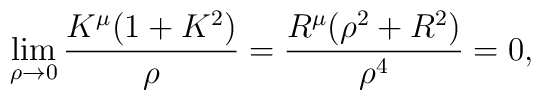
\lim_{\rho\to0}\frac{K^{\mu}(1+K^{2})}{\rho}=\frac{R^{\mu}(\rho^{2}+R^{2})}{\rho^{4}}=0,